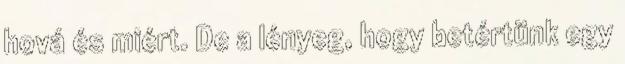
hová és miért. De a lényeg, hogy betértünk egy